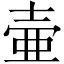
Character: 壷